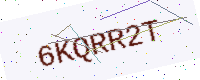
Text: 6KQRR2T